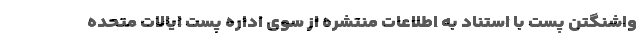
واشنگتن پست با استناد به اطلاعات منتشره از سوی اداره پست ایالات متحده